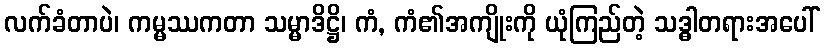
လက်ခံတာပဲ၊ ကမ္မဿကတာ သမ္မာဒိဋ္ဌိ၊ ကံ, ကံ၏အကျိုးကို ယုံကြည်တဲ့ သဒ္ဓါတရားအပေါ်